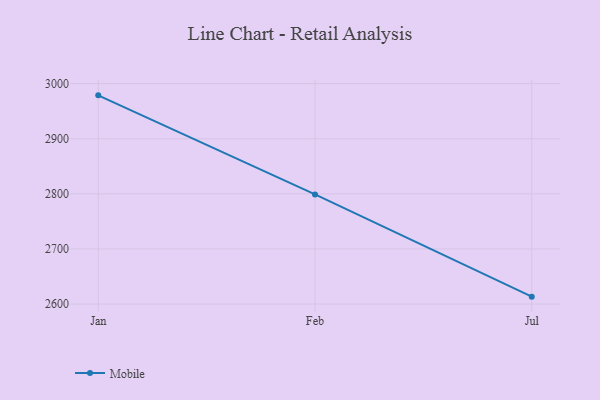
{"axis": {"x": "Month", "y": "Satisfaction Score"}, "legend": ["Mobile"], "data": [{"x": "Jan", "y": 2978.8, "type": "Mobile"}, {"x": "Feb", "y": 2799.0, "type": "Mobile"}, {"x": "Jul", "y": 2613.5, "type": "Mobile"}]}